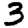
Digit: 3